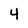
Character: 4